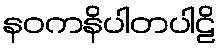
နဝကနိပါတပါဠိ